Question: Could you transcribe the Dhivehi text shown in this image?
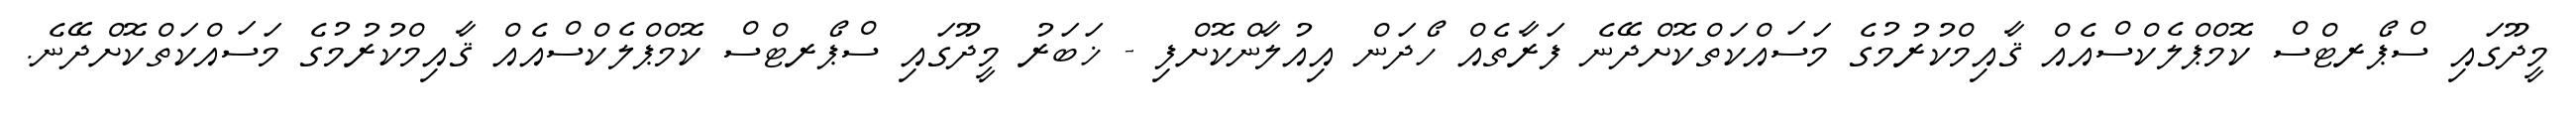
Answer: މީދޫގައި ސްޕޯރޓްސް ކޮމްޕްލެކްސްއެއް ޤާއިމްކުރުމުގެ މަސައްކަތްކޮށްދޭނެ ފަރާތެއް ހޯދަން އިއުލާންކޮށްފި - ޚަބަރު މީދޫގައި ސްޕޯރޓްސް ކޮމްޕްލެކްސްއެއް ޤާއިމްކުރުމުގެ މަސައްކަތްކޮށްދޭނެ.